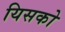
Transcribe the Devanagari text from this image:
यिसको